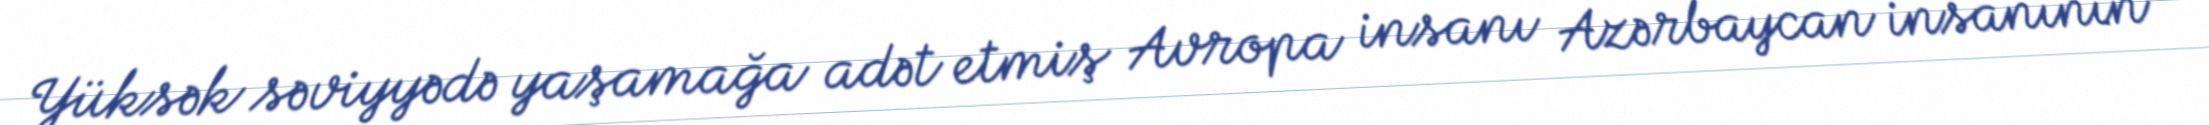
Yüksək səviyyədə yaşamağa adət etmiş Avropa insanı Azərbaycan insanının